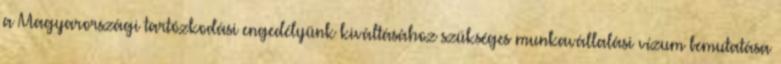
a Magyarországi tartózkodási engedélyünk kiváltásához szükséges munkavállalási vízum bemutatása